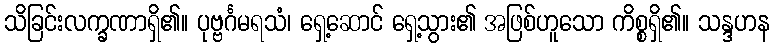
သိခြင်းလက္ခဏာရှိ၏။ ပုဗ္ဗင်္ဂမရသံ၊ ရှေ့ဆောင် ရှေ့သွား၏ အဖြစ်ဟူသော ကိစ္စရှိ၏။ သန္ဒဟန